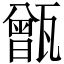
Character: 甑